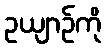
ဥယျာဉ်ကို